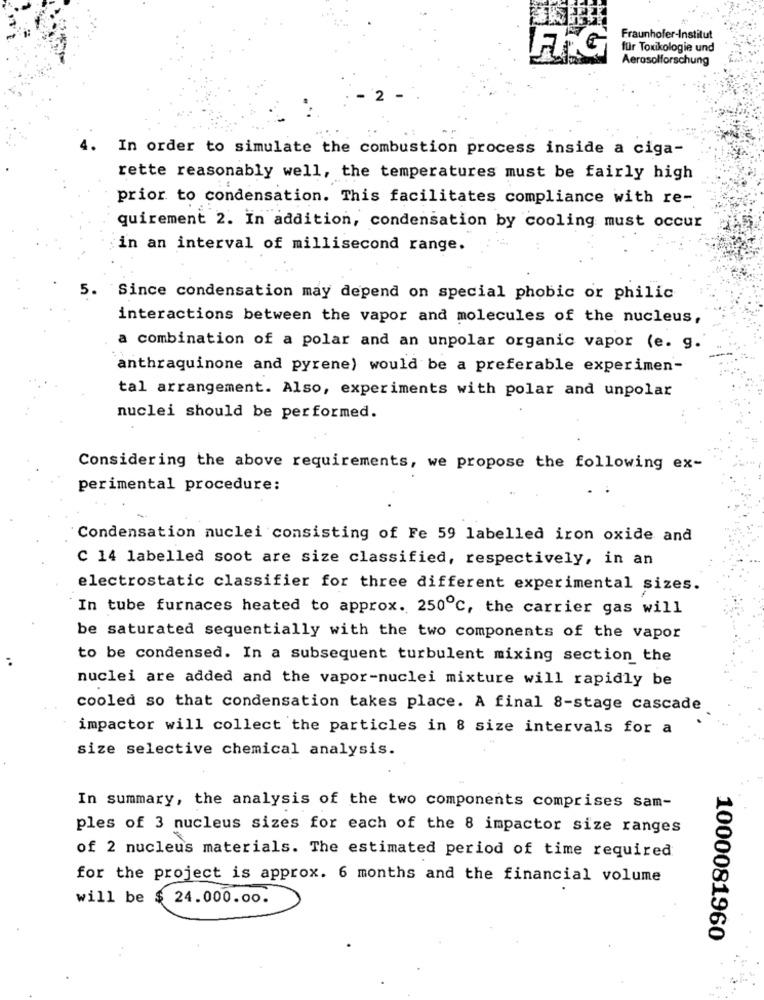
Fraunhofer-Institut
FFG
für Toxikologie und
Aerosolforschung
2
In order to simulate the combustion process inside a ciga-
rette reasonably well, the temperatures must be fairly high
prior to condensation. This facilitates compliance with re-
quirement 2. In addition, condensation by cooling must occur
in an interval of millisecond range.
5.
Since condensation may depend on special phobic or philic
interactions between the vapor and molecules of the nucleus,
a combination of a polar and an unpolar organic vapor (e. g.
anthraquinone and pyrene) would be a preferable experimen-
tal arrangement. Also, experiments with polar and unpolar
nuclei should be performed.
Considering the above requirements, we propose the following ex-
perimental procedure:
Condensation nuclei consisting of Fe 59 labelled iron oxide and
C 14 labelled soot are size classified, respectively, in an
electrostatic classifier for three different experimental sizes.
In tube furnaces heated to approx. 250℃, the carrier gas will
be saturated sequentially with the two components of the vapor
to be condensed. In a subsequent turbulent mixing section the
nuclei are added and the vapor-nuclei mixture will rapidly be
cooled so that condensation takes place. A final 8-stage cascade
impactor will collect the particles in 8 size intervals for a
size selective chemical analysis.
In summary, the analysis of the two components comprises sam-
ples of 3 nucleus sizes for each of the 8 impactor size ranges
of 2 nucleus materials. The estimated period of time required
for the project is approx. 6 months and the financial volume
will be $ 24.000.00.
1000081960